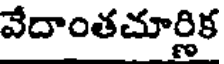
వేదాంతచూర్లిక